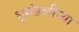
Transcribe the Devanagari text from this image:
भूमंडळींच्या